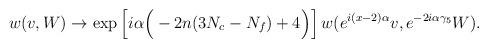
\begin{align*}w(v,W) \to \mbox{exp}\left[i\alpha\Big(-2n(3N_c-N_f)+4 \Big)\right]w(e^{i(x-2)\alpha} v, e^{-2i\alpha\gamma_5} W).\end{align*}